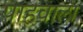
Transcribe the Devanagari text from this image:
पाहवाला